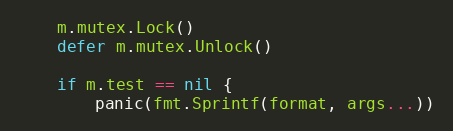
Language: Go
	m.mutex.Lock()
	defer m.mutex.Unlock()

	if m.test == nil {
		panic(fmt.Sprintf(format, args...))